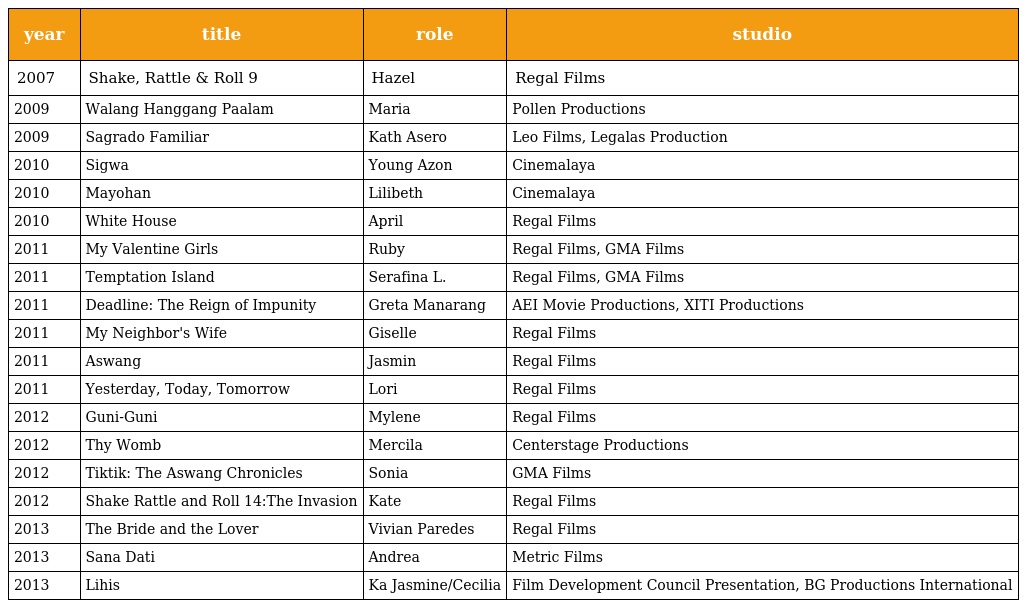
| year | title | role | studio |
 | --- | --- | --- | --- |
 | 2007 | Shake, Rattle & Roll 9 | Hazel | Regal Films |
 | 2009 | Walang Hanggang Paalam | Maria | Pollen Productions |
 | 2009 | Sagrado Familiar | Kath Asero | Leo Films, Legalas Production |
 | 2010 | Sigwa | Young Azon | Cinemalaya |
 | 2010 | Mayohan | Lilibeth | Cinemalaya |
 | 2010 | White House | April | Regal Films |
 | 2011 | My Valentine Girls | Ruby | Regal Films, GMA Films |
 | 2011 | Temptation Island | Serafina L. | Regal Films, GMA Films |
 | 2011 | Deadline: The Reign of Impunity | Greta Manarang | AEI Movie Productions, XITI Productions |
 | 2011 | My Neighbor's Wife | Giselle | Regal Films |
 | 2011 | Aswang | Jasmin | Regal Films |
 | 2011 | Yesterday, Today, Tomorrow | Lori | Regal Films |
 | 2012 | Guni-Guni | Mylene | Regal Films |
 | 2012 | Thy Womb | Mercila | Centerstage Productions |
 | 2012 | Tiktik: The Aswang Chronicles | Sonia | GMA Films |
 | 2012 | Shake Rattle and Roll 14:The Invasion | Kate | Regal Films |
 | 2013 | The Bride and the Lover | Vivian Paredes | Regal Films |
 | 2013 | Sana Dati | Andrea | Metric Films |
 | 2013 | Lihis | Ka Jasmine/Cecilia | Film Development Council Presentation, BG Productions International |